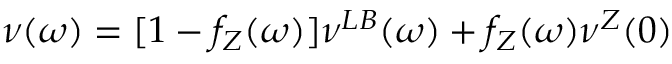
\nu ( \omega ) = [ 1 - f _ { Z } ( \omega ) ] \nu ^ { L B } ( \omega ) + f _ { Z } ( \omega ) \nu ^ { Z } ( 0 )